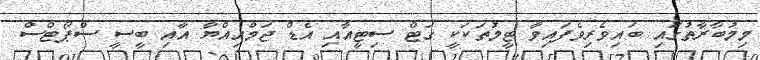
މިމުބާރާތުގައި ބައިވެރިވެފައިވާ ޓީމުތަކަކީ ގަޓް ސިޓީއާއި އެޑް ޖަމްއިއްޔާ އާއި ބީސީ ސްޕޯޓްސް